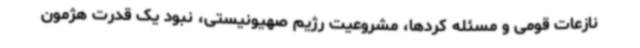
نازعات قومی و مسئله کردها، مشروعیت رژیم صهیونیستی‌، نبود یک قدرت هژمون